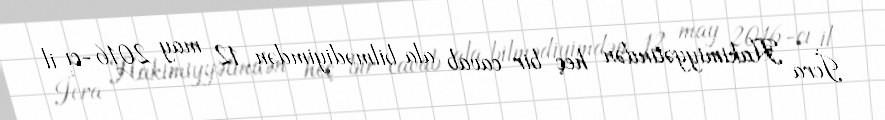
İcra Hakimiyyətindən heç bir cavab ala bilmədiyimdən 12 may 2016-cı il